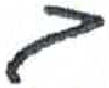
אות: ב